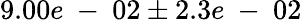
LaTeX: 9.00e\mathrm{~-~}02\pm 2.3e\mathrm{~-~}02